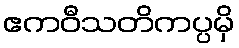
ဧကဝီသတိကပ္ပမှိ